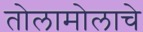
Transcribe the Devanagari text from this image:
तोलामोलाचे